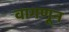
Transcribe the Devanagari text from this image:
वागणून